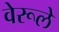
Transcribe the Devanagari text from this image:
वेरूले